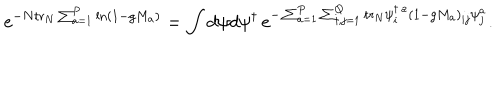
\mathrm { e } ^ { - N \mathrm { t r } _ { N } \sum _ { a = 1 } ^ { P } \ln ( 1 - g M _ { a } ) } = \int d \psi d \psi ^ { \dagger } \, \mathrm { e } ^ { - \sum _ { a = 1 } ^ { P } \sum _ { i , j = 1 } ^ { Q } \mathrm { t r } _ { N } \psi _ { i } ^ { \dagger \, a } ( 1 - g M _ { a } ) _ { i j } \psi _ { j } ^ { a } } .